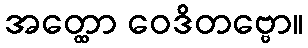
အတ္ထော ဝေဒိတဗ္ဗော။